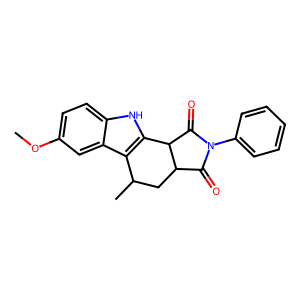
SMILES: COc1ccc2[nH]c3c(c2c1)C(C)CC1C(=O)N(c2ccccc2)C(=O)C31
Inhibits HIV replication: No